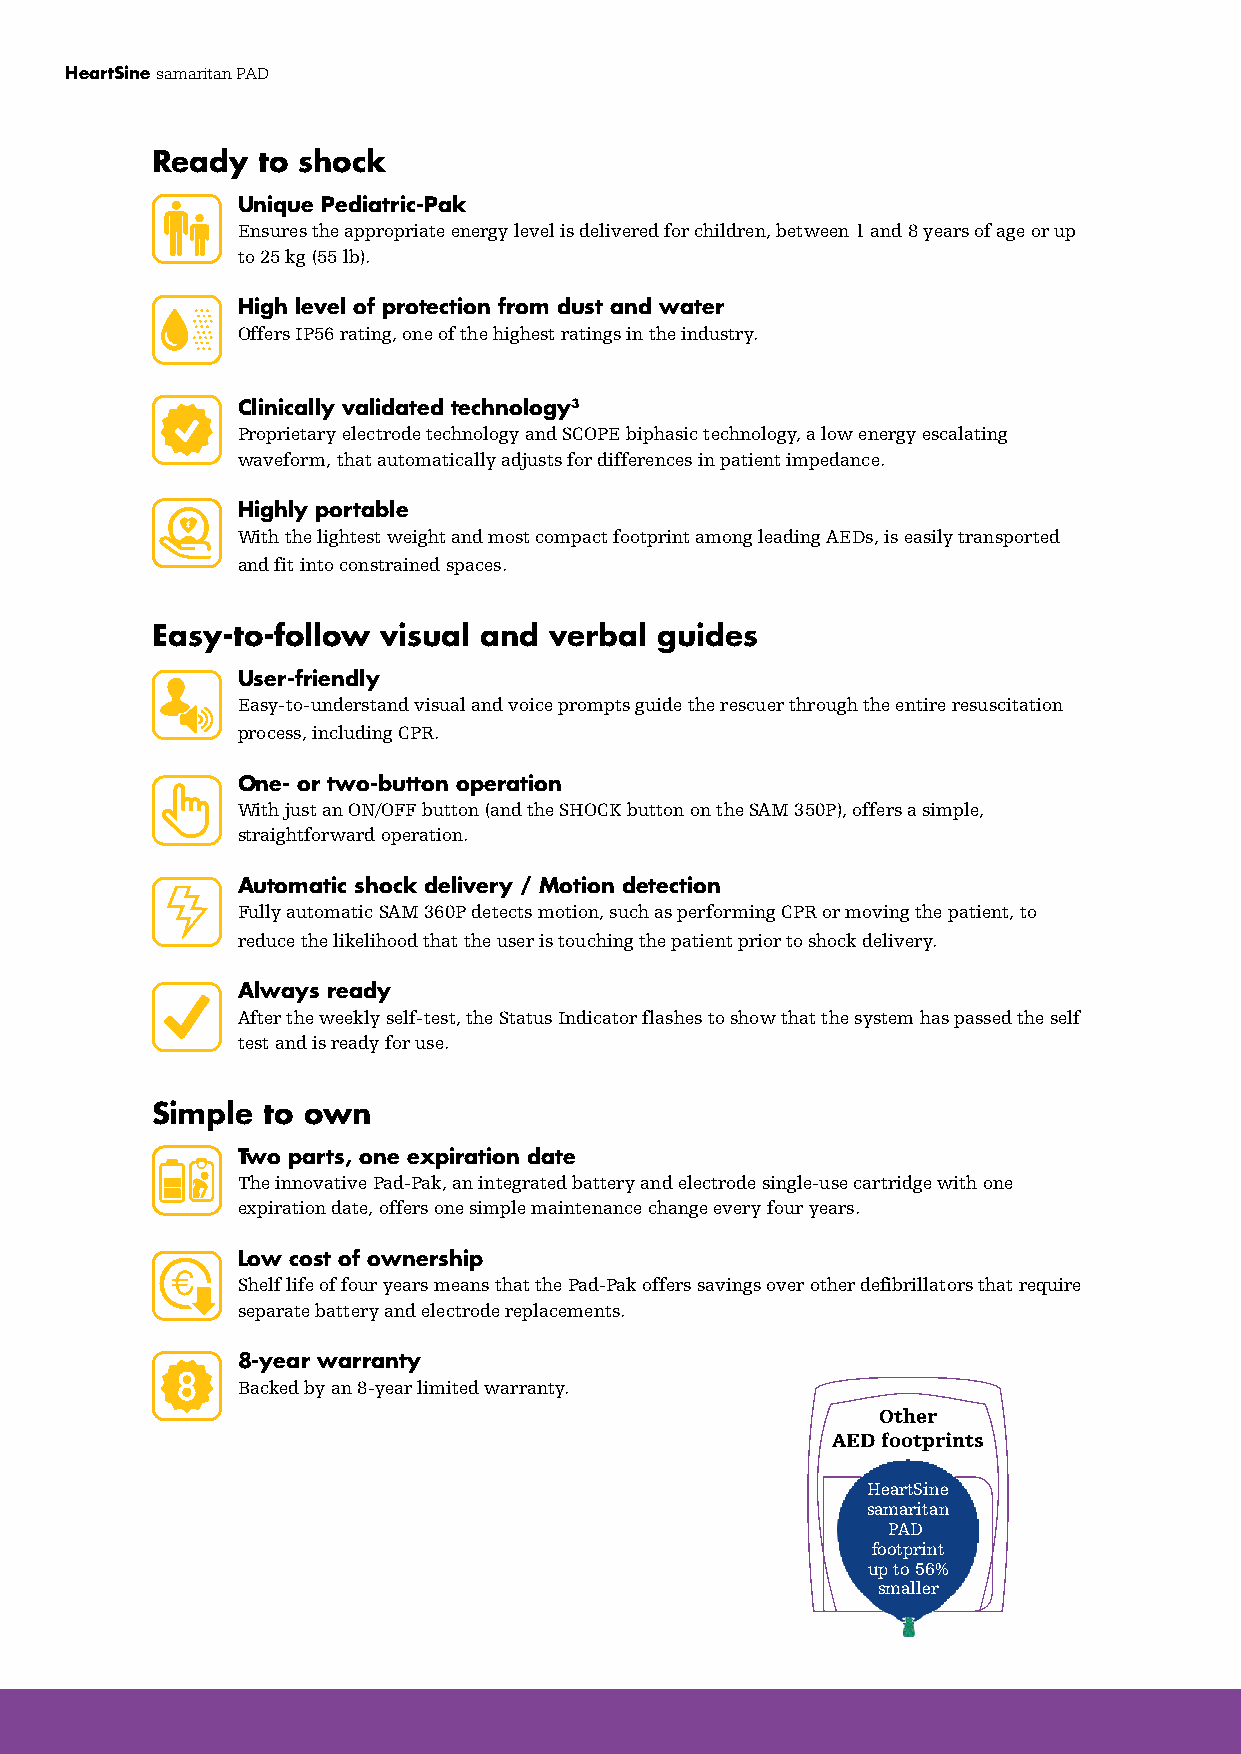
HeartSine samaritan PAD
 Ready  to shock
 Unique Pediatric-Pak
 Ensures the appropriate energy level is delivered for children, between 1 and 8 years of age or up
 to 25 kg (55 lb).
 High level of protection from dust and water
 Offers IP56 rating, one of the highest ratings in the industry.
 Clinically validated technology3
 Proprietary electrode technology and SCOPE biphasic technology, a low energy escalating
 waveform, that automatically adjusts for differences in patient impedance.
 Highly portable
 With the lightest weight and most compact footprint among leading AEDs, is easily transported
 and fit into constrained spaces.
 Easy-to-follow visual and verbal  guides
 User-friendly
 Easy-to-understand visual and voice prompts guide the rescuer through the entire resuscitation
 process, including CPR.
 One- or two-button operation
 With just an ON/OFF button (and the SHOCK button on the SAM 350P), offers a simple,
 straightforward operation.
 Automatic shock delivery / Motion detection
 Fully automatic SAM 360P detects motion, such as performing CPR or moving the patient, to
 reduce the likelihood that the user is touching the patient prior to shock delivery.
 Always ready
 After the weekly self-test, the Status Indicator flashes to show that the system has passed the self
 test and is ready for use.
 Simple to own
 Two parts, one expiration date
 The innovative Pad-Pak, an integrated battery and electrode single-use cartridge with one
 expiration date, offers one simple maintenance change every four years.
 Low cost of ownership
 Shelf life of four years means that the Pad-Pak offers savings over other defibrillators that require
 separate battery and electrode replacements.
 8-year warranty
 Backed by an 8-year limited warranty.
 Other
 AED footprints
 HeartSine
 samaritan
 PAD
 footprint
 up to 56%
 smaller